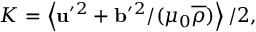
K = \left\langle { { \bf { u } } ^ { \prime } { } ^ { 2 } + { \bf { b } } ^ { \prime } { } ^ { 2 } / ( \mu _ { 0 } \overline { { \rho } } ) } \right\rangle / 2 ,